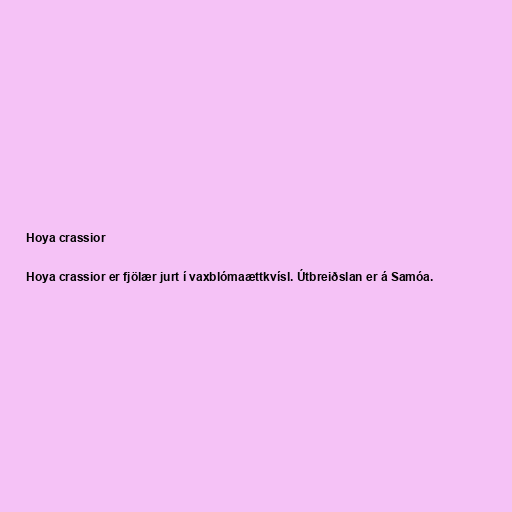
Hoya crassior

Hoya crassior er fjölær jurt í vaxblómaættkvísl. Útbreiðslan er á Samóa.